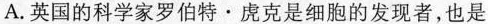
A.英国的科学家罗伯特·虎克是细胞的发现者，也是